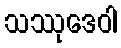
သဿုဒေဝါ